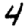
Digit: 4